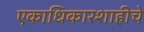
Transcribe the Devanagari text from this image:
एकाधिकारशाहीचे